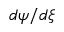
d \psi / d \xi